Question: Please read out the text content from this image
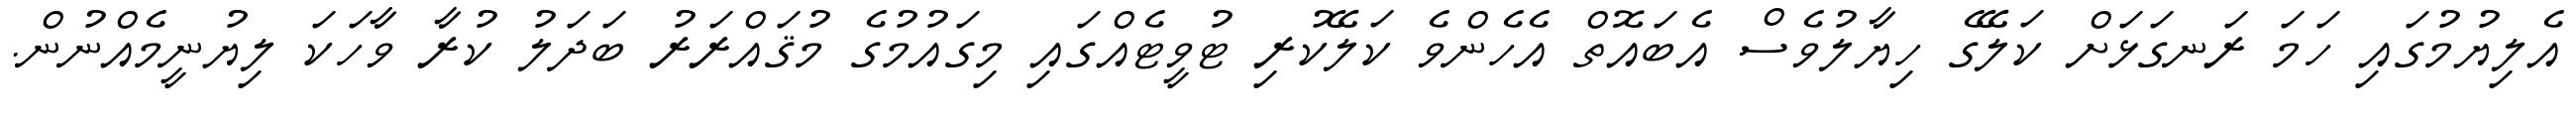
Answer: އެލިޔުމުގައި ހަމަ ރަނގަޅަށް ކަލޭގެ ހިޔާލުވެސް އެބައޮތް އެހެންވެ ކަލޭކުރި ޓުވީޓެއްގައި މިގައުމުގެ މުޤައްރަރު ބަދަލު ކުރާ ވާހަކަ ލިޔުނީމެއްނުން.